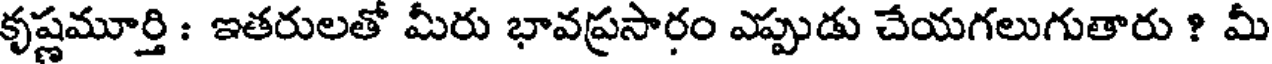
కృష్ణమూర్తి : ఇతరులతో మీరు భావప్రసారం ఎప్పుడు చేయగలుగుతారు ? మీ